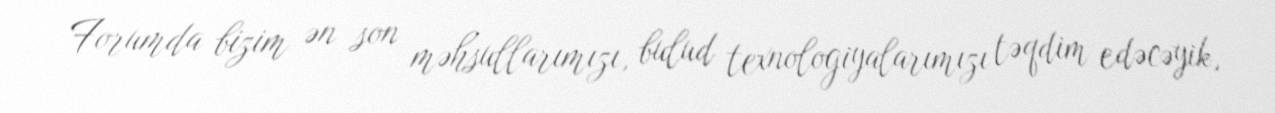
Forumda bizim ən son məhsullarımızı, bulud texnologiyalarımızı təqdim edəcəyik,